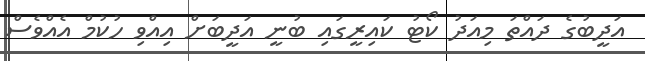
އަދީބުގެ ދައްތަ މިއަދު ކޯޓު ކައިރީގައި ބުނީ އަދީބަށް އިއްވި ހުކުމް އެއްވެސް